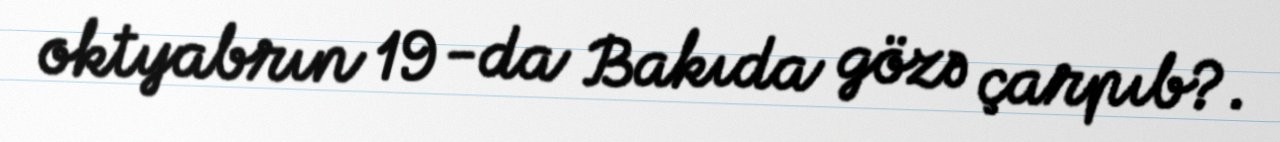
oktyabrın 19 -da Bakıda gözə çarpıb?.